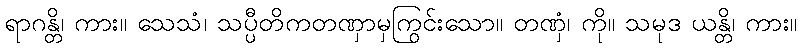
ရာဂန္တိ၊ ကား။ သေသံ၊ သပ္ပီတိကတဏှာမှကြွင်းသော။ တဏှံ၊ ကို။ သမုဒ ယန္တိ၊ ကား။